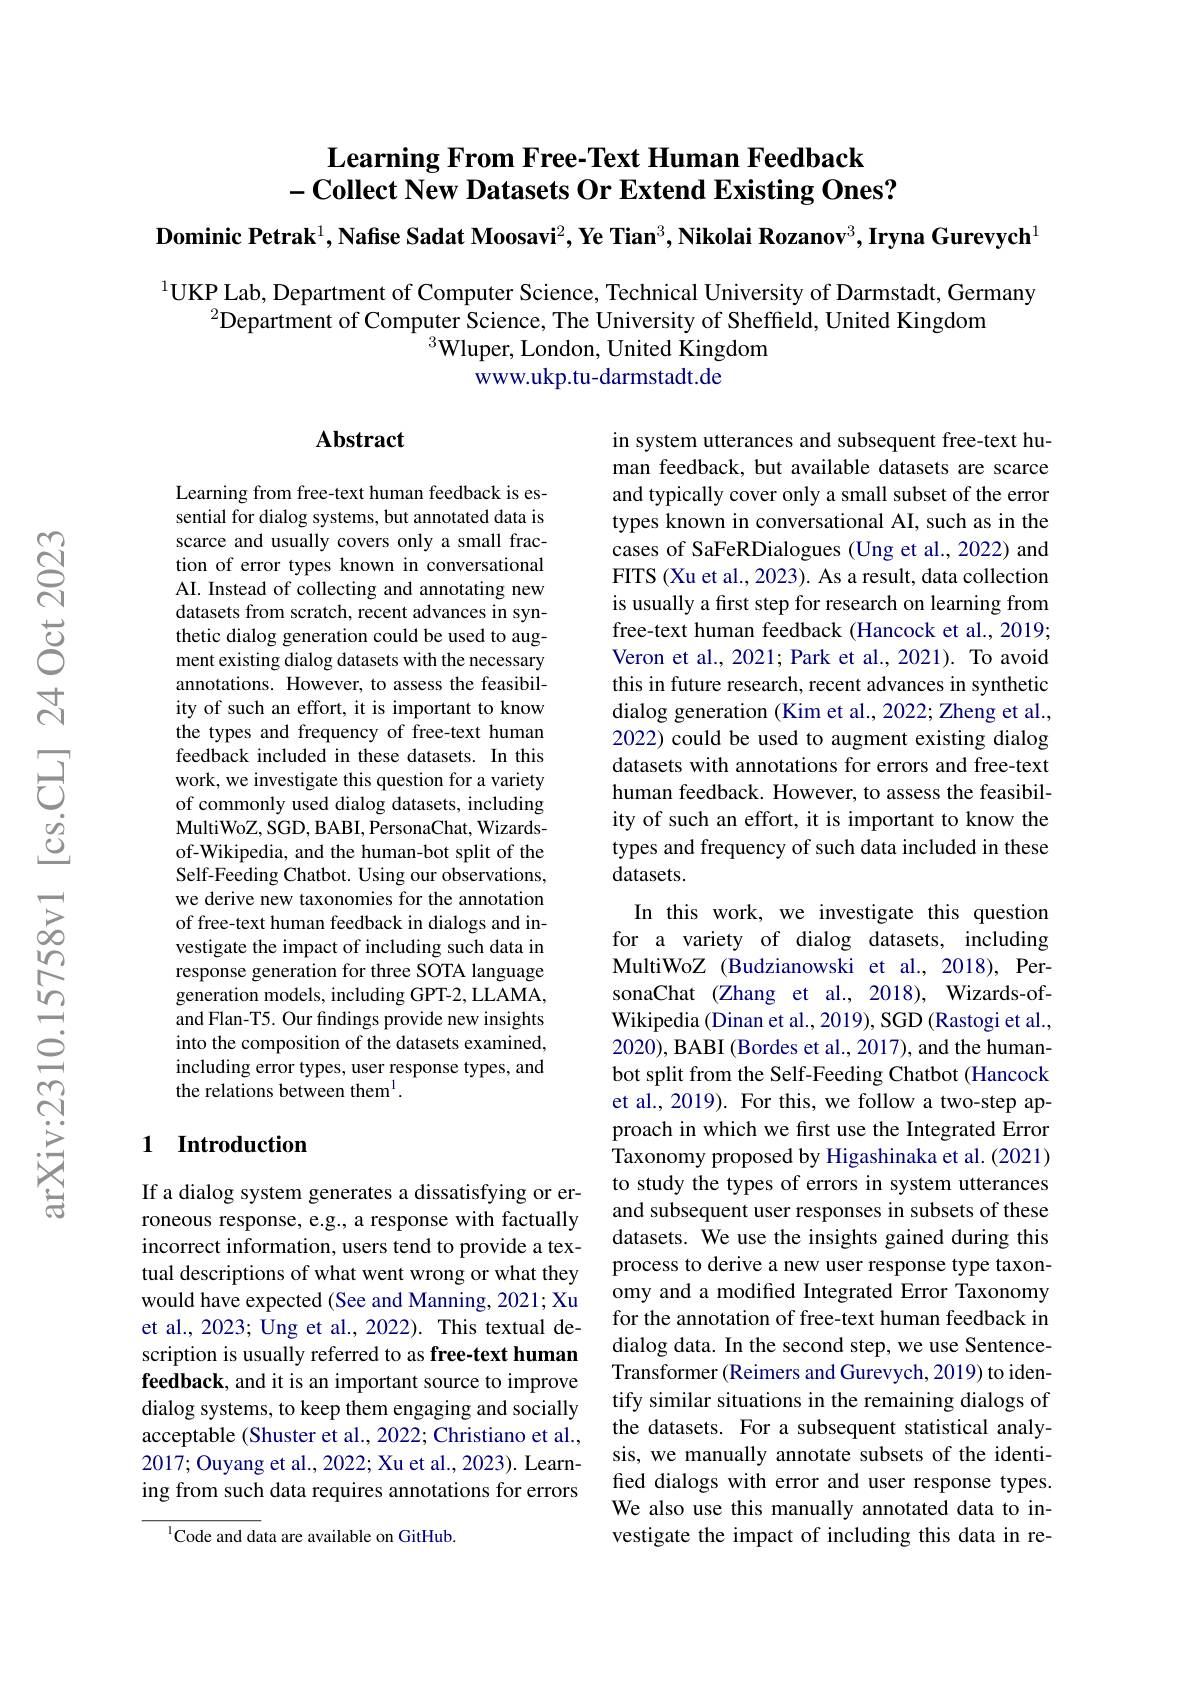
# Learning From Free-Text Human Feedback $- \textbf{Collect New Datasets Or Extend Existing Ones? }$

Dominic Petrak$^1$,Nafise Sadat Moosavi$^2,\textbf{Ye Tian}^3,\textbf{Nikolai Rozanov}^3,\textbf{Iryna Gurevych}^1$

$^{1}$UKP Lab, Department of Computer Science, Technical University of Darmstadt, Germany
$^{2}$Department of Computer Science, The University of Sheffield, United Kingdom
$^3$Wluper, London, United Kingdom
www.ukp.tu-darmstadt.de

### $\mathbf{Abstract}$

in system utterances and subsequent free-text human feedback, but available datasets are scarce and typically cover only a small subset of the error types known in conversational AI, such as in the cases of SaFeRDialogues (Ung et al., 2022) and FITS (Xu et al., 2023). As a result, data collection is usually a first step for research on learning from free-text human feedback (Hancock et al., 2019; Veron et al., 2021; Park et al., 2021). To avoid this in future research, recent advances in synthetic dialog generation (Kim et al., 2022; Zheng et al., 2022) could be used to augment existing dialog datasets with annotations for errors and free-text human feedback. However, to assess the feasibility of such an effort, it is important to know the types and frequency of such data included in these datasets.

Learning from free-text human feedback is essential for dialog systems, but annotated data is scarce and usually covers only a small fraction of error types known in conversational AI. Instead of collecting and annotating new datasets from scratch, recent advances in synthetic dialog generation could be used to augment existing dialog datasets with the necessary annotations. However, to assess the feasibility of such an effort, it is important to know the types and frequency of free-text human feedback included in these datasets. In this work, we investigate this question for a variety of commonly used dialog datasets, including MultiWoZ, SGD, BABI, PersonaChat, Wizards- of-Wikipedia, and the human-bot split of the Self-Feeding Chatbot. Using our observations, we derive new taxonomies for the annotation of free-text human feedback in dialogs and investigate the impact of including such data in response generation for three SOTA language generation models, including GPT-2, LLAMA, and Flan-T5. Our findings provide new insights into the composition of the datasets examined, including error types, user response types, and the relations between them$^{1}.$

In this work, we investigate this question for a variety of dialog datasets, including MultiWoZ (Budzianowski et al.,2018), PersonaChat (Zhang et al., 2018), Wizards-ofWikipedia (Dinan et al., 2019), SGD (Rastogi et al., 2020), BABI (Bordes et al., 2017), and the humanbot split from the Self-Feeding Chatbot (Hancock et al., 2019). For this, we follow a two-step approach in which we first use the Integrated Error Taxonomy proposed by Higashinaka et al. (2021) to study the types of errors in system utterances and subsequent user responses in subsets of these datasets. We use the insights gained during this process to derive a new user response type taxonomy and a modified Integrated Error Taxonomy for the annotation of free-text human feedback in dialog data. In the second step, we use SentenceTransformer (Reimers and Gurevych, 2019) to identify similar situations in the remaining dialogs of the datasets. For a subsequent statistical analysis, we manually annotate subsets of the identified dialogs with error and user response types. We also use this manually annotated data to investigate the impact of including this data in re-

## 1 Introduction

If a dialog system generates a dissatisfying or erroneous response, e.g., a response with factually incorrect information, users tend to provide a textual descriptions of what went wrong or what they would have expected (See and Manning, 2021; Xu et al., 2023; Ung et al., 2022). This textual description is usually referred to as free-text human feedback, and it is an important source to improve dialog systems, to keep them engaging and socially acceptable (Shuster et al., 2022; Christiano et al., 2017; Ouyang et al., 2022; Xu et al., 2023). Learning from such data requires annotations for errors

$^{1}$Code and data are available on GitHub